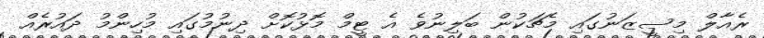
ރެއާލް މިސީޒަނުގައި މެޗަކުން ބަލިނުވެ އެ ޓީމް މޮޅުކޮށް ދިނުމުގައި މުހިންމު ދައުރެއް